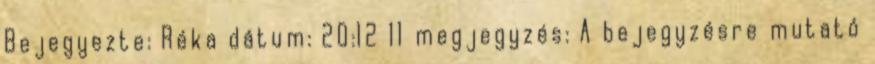
Bejegyezte: Réka dátum: 20:12 11 megjegyzés: A bejegyzésre mutató